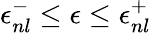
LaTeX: \epsilon_{nl}^{-}\leq\epsilon\leq\epsilon_{nl}^{+}